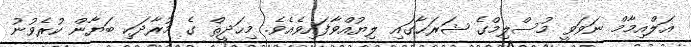
އަލްއިމާމް ނަވަވީ މުސްލިމްގެ ޝަރަޙާގައި ލިޔުއްވާފައިވެއެވެ. މިޙަދީޘް ގެ މުރާދަކި ބަޔާން ކުރެވުނު